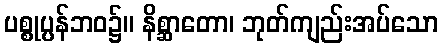
ပစ္စုပ္ပန်ဘဝ၌။ နိစ္ဆာတော၊ ဘုတ်ကျည်းအပ်သော